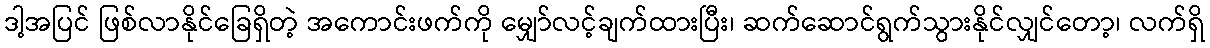
ဒါ့အပြင် ဖြစ်လာနိုင်ခြေရှိတဲ့ အကောင်းဖက်ကို မျှော်လင့်ချက်ထားပြီး၊ ဆက်ဆောင်ရွက်သွားနိုင်လျှင်တော့၊ လက်ရှိ